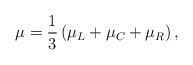
LaTeX: \begin{align*} \mu = \frac{1}{3}\left(\mu_L + \mu_C + \mu_R\right),\end{align*}